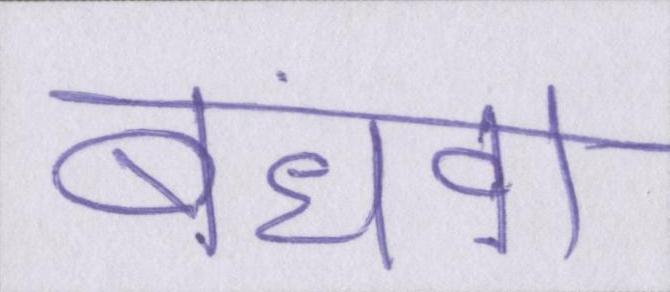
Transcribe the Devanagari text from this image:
बंधवा